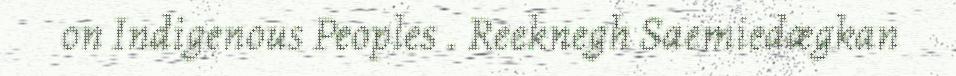
on Indigenous Peoples . Reeknegh Saemiedægkan